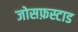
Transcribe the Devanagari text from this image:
जोसफ़स्टाड